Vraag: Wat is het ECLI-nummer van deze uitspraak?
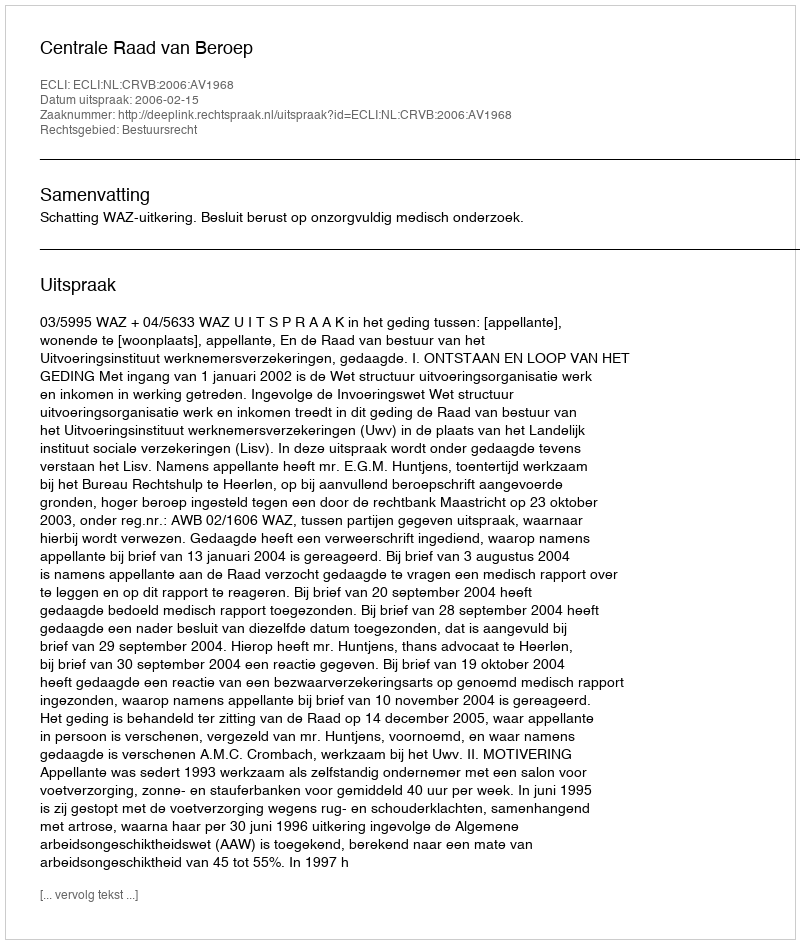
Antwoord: ECLI:NL:CRVB:2006:AV1968